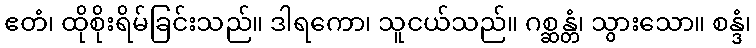
ဧတံ၊ ထိုစိုးရိမ်ခြင်းသည်။ ဒါရကော၊ သူငယ်သည်။ ဂစ္ဆန္တံ၊ သွားသော။ စန္ဒံ၊